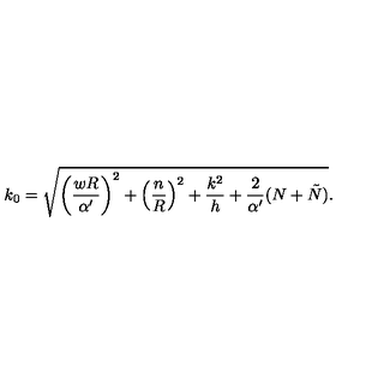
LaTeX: k _ { 0 } = \sqrt { \left( \frac { w R } { \alpha ^ { \prime } } \right) ^ { 2 } + \left( \frac { n } { R } \right) ^ { 2 } + \frac { k ^ { 2 } } { h } + \frac { 2 } { \alpha ^ { \prime } } ( N + \tilde { N } ) } .